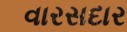
વારસદાર